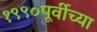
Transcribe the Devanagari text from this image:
१९९०पूर्वीच्या